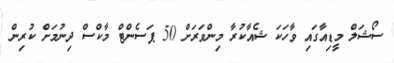
ސޯޝަލް މީޑިއާގައި ވާހަކަ ޝެއާކުރާ މިންވަރަށް 50 ޕަސެންޓް މާކްސް ދިނުމަށް ކުރިން